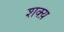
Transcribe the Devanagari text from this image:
शक्य़